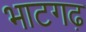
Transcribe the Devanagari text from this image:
भाटगढ़